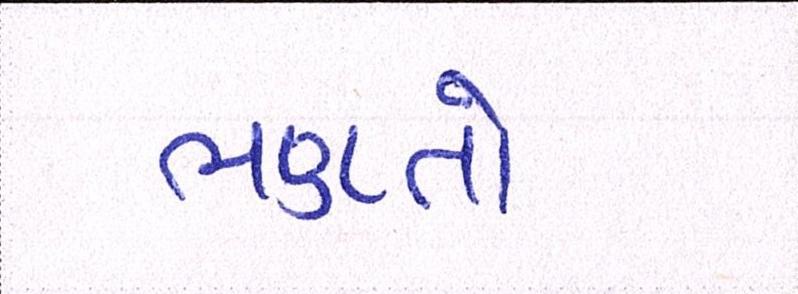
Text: ભણતો